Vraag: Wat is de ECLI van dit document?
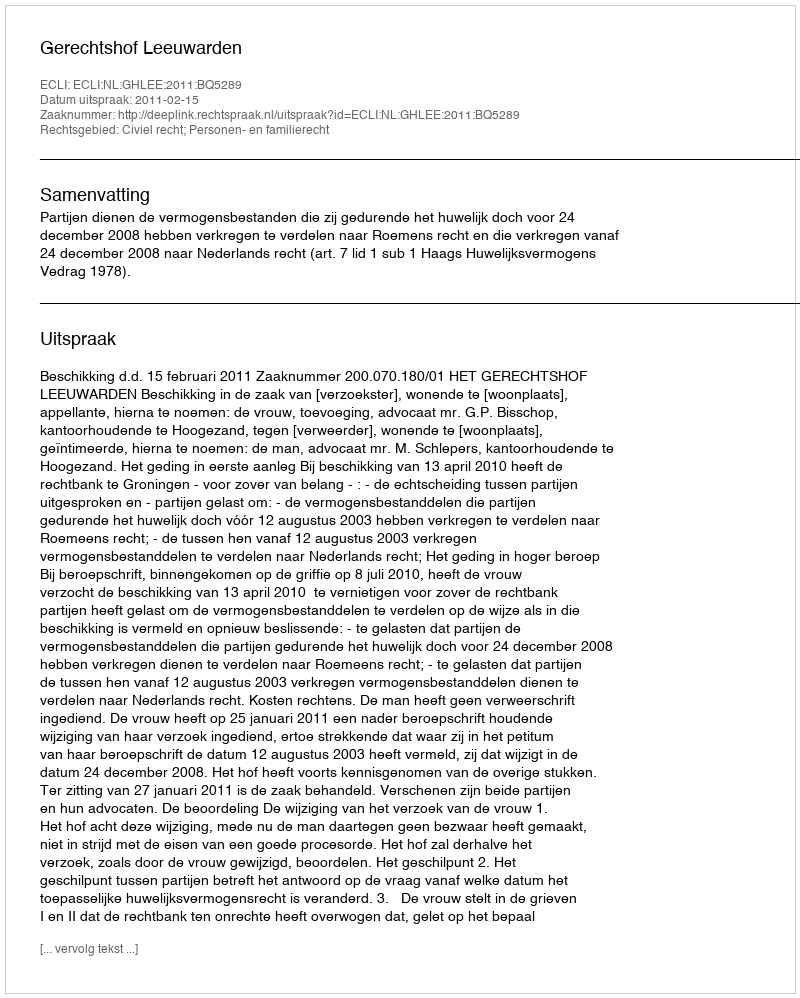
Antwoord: ECLI:NL:GHLEE:2011:BQ5289